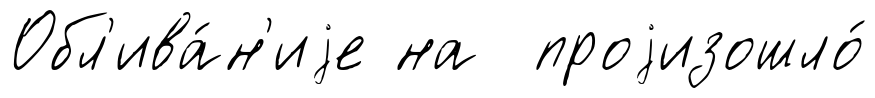
Обл'ива́н'иjе на проjизошло́